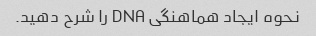
نحوه ایجاد هماهنگی DNA را شرح دهید.